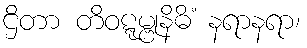
ဌိတာ တိဝဋ္ဋမ္ဗုနိဓိံ နရာနရာ၊